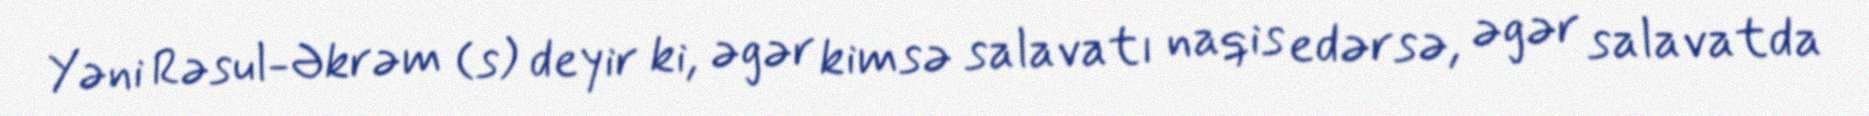
Yəni Rəsul-Əkrəm (s) deyir ki, əgər kimsə salavatı naqis edərsə, əgər salavatda